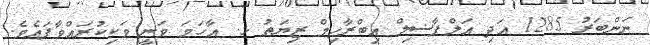
ނަންބަރު 1285 އަދި އަލްފާޟިލް އިބްރާހިމް ޒިޔަތު ހ. އާހަމަ ވަނީ ވަކިކުރައްވާފައެވެ.